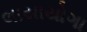
લાયાયોગા